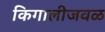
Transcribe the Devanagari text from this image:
किगालीजवळ